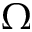
\boldsymbol { \Omega }